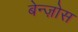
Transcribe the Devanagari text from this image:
बेन्ज़ोस